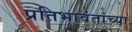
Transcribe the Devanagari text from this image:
प्रतिभावंतांच्या